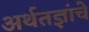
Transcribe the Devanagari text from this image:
अर्थतज्ञांचे